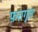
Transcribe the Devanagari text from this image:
फ़रागु़ल